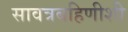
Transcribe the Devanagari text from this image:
सावत्रबहिणीशी